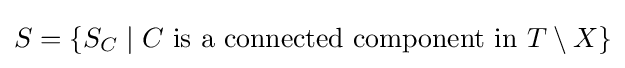
S=\{S_{C}\mid C{\text{ is a connected component in }}T\setminus X\}